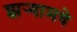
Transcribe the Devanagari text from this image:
झर्‍यामधे